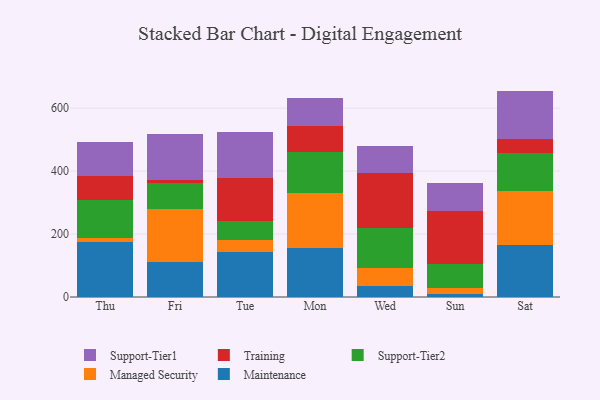
{"axis": {"x": "Day", "y": "Churn Rate (%)"}, "legend": ["Maintenance", "Managed Security", "Support-Tier1", "Support-Tier2", "Training"], "data": [{"x": "Thu", "y": 174.5, "type": "Maintenance"}, {"x": "Thu", "y": 13.6, "type": "Managed Security"}, {"x": "Thu", "y": 120.2, "type": "Support-Tier2"}, {"x": "Thu", "y": 75.4, "type": "Training"}, {"x": "Thu", "y": 109.6, "type": "Support-Tier1"}, {"x": "Fri", "y": 110.4, "type": "Maintenance"}, {"x": "Fri", "y": 169.5, "type": "Managed Security"}, {"x": "Fri", "y": 81.5, "type": "Support-Tier2"}, {"x": "Fri", "y": 8.9, "type": "Training"}, {"x": "Fri", "y": 146.3, "type": "Support-Tier1"}, {"x": "Tue", "y": 141.4, "type": "Maintenance"}, {"x": "Tue", "y": 41.1, "type": "Managed Security"}, {"x": "Tue", "y": 59.5, "type": "Support-Tier2"}, {"x": "Tue", "y": 136.4, "type": "Training"}, {"x": "Tue", "y": 145.0, "type": "Support-Tier1"}, {"x": "Mon", "y": 157.2, "type": "Maintenance"}, {"x": "Mon", "y": 171.8, "type": "Managed Security"}, {"x": "Mon", "y": 131.0, "type": "Support-Tier2"}, {"x": "Mon", "y": 83.7, "type": "Training"}, {"x": "Mon", "y": 88.4, "type": "Support-Tier1"}, {"x": "Wed", "y": 35.2, "type": "Maintenance"}, {"x": "Wed", "y": 56.6, "type": "Managed Security"}, {"x": "Wed", "y": 127.8, "type": "Support-Tier2"}, {"x": "Wed", "y": 174.7, "type": "Training"}, {"x": "Wed", "y": 85.5, "type": "Support-Tier1"}, {"x": "Sun", "y": 9.5, "type": "Maintenance"}, {"x": "Sun", "y": 18.6, "type": "Managed Security"}, {"x": "Sun", "y": 78.2, "type": "Support-Tier2"}, {"x": "Sun", "y": 167.7, "type": "Training"}, {"x": "Sun", "y": 88.6, "type": "Support-Tier1"}, {"x": "Sat", "y": 166.7, "type": "Maintenance"}, {"x": "Sat", "y": 171.2, "type": "Managed Security"}, {"x": "Sat", "y": 119.6, "type": "Support-Tier2"}, {"x": "Sat", "y": 43.6, "type": "Training"}, {"x": "Sat", "y": 153.7, "type": "Support-Tier1"}]}